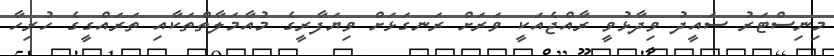
މިނިސްޓަރު ސައީދު ވިދާޅުވީ ރާއްޖެއަކީ ވަރަށް ރަނގަޅަށް ވިޔަފާރީގެ މުއާމަލާތްތަކާއި ތަރައްގީގެ ހުރިހާ